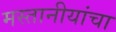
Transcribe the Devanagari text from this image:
मस्तानीयांचा